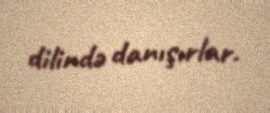
dilində danışırlar.